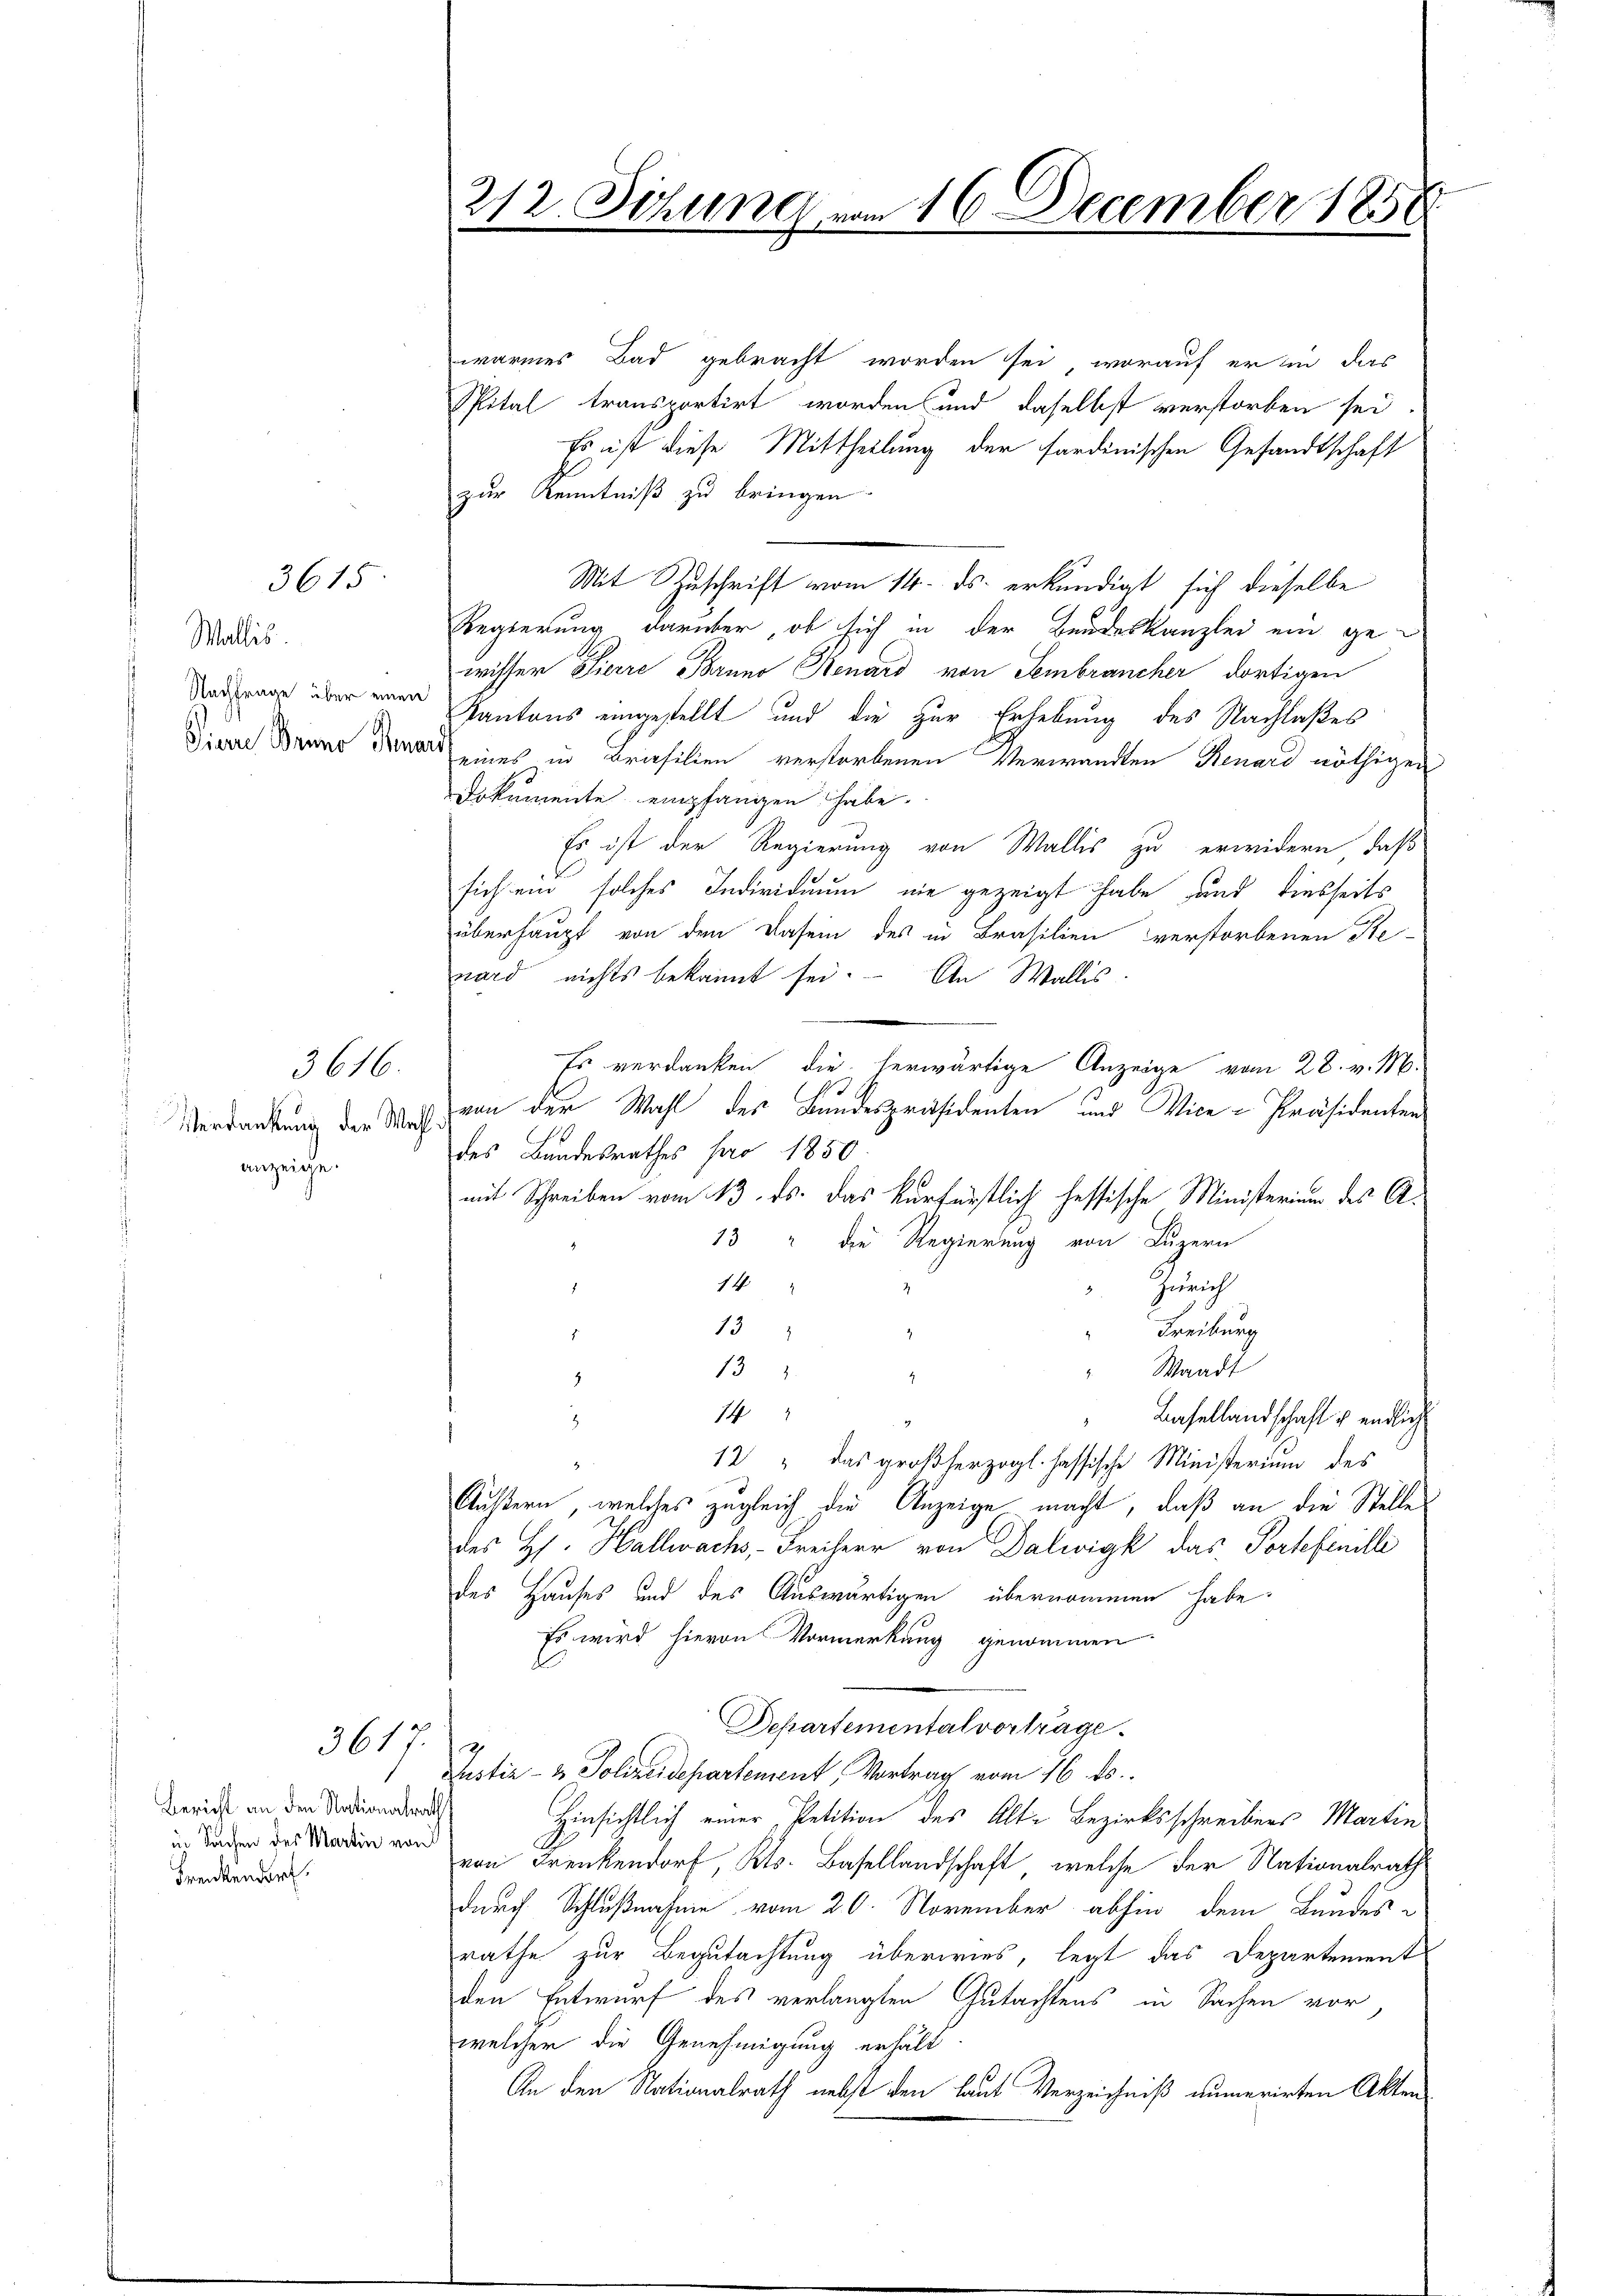
3615

Wallis
Nachfrage über einen
Pierre Bruno Remari

Verdankung der Was
anzeige.

3616.

Bericht an den Nationalraths
in Sachen des Martin von S
Frenkendorf.

3617

212 Sitzung vom 16 December 1858

warmes Bad gebracht worden sei, worauf er in das
Spital transportirt worden und daselbst verstorben sei
Es ist diese Mittheilung der sardinischen Gesandtschaft
zur Kenntniß zu bringen
Mit Zuschrift vom 14. ds. erkundigt sich dieselbe
Regierung darüber, ob sich in der Bundeskanzlei ein ge-
wisser Pierre Bruno Renard von Sembrancher dortigen
Kantons eingestellt und die zur Erhebung des Nachlaßes
eines in Briefilien verstorbenen Verwandten Renard nöthigen
Dokumente empfangen habe.
Es ist der Regierung von Wallis zu erwidern, daß
sich ein solches Individuum nie gezeigt habe und diesseits
überhaupt von den Dasein des in Brasilien verstorbenen Re-
ward nichts bekannt sei. An Wallis
Es verdanken, die herwärtige Anzeige vom 28. v. M.
von der Wahl des Bundespräsidenten und Vice-Präsidenten
.
des Bandesrathes pro 1850
mit Schreiben vom 13. ds. das kurfürstlich hessische Ministerium des A¬
13 " die Regierung von Luzern
14
Zürich
13
Freiburg
.
13
Waadt
.
14
Basellandschaft u. endlich
n
12 " das großherzogl. hassische Ministerium des
2
Äußern, welches zugleich die Anzeige macht, daß an die Stelle
des Hs. Hallwachs - Freiherr von Dalwigk das Portefenille
des Hauses und des Auswärtigen übernommen habe.
Es wird hievon Vormerkung genommen
Departemental vorträge.
.
Justiz- & Polizeidepartement, Vortrag vom 16. ds.
Hinsichtlich einer Petition des Alte Bezirksschreibens Martin
von Frenkendorf, Kts. Basellandschaft, welche der Nationalrath
durch Schlußnahme vom 20. November abhin dem Bundesrathe zur Begutachtung überwies, legt das Departement
den Entwurf des verlangten Gutachtens in Sachen vor
welcher die Genehmigung erhält
An den Nationalrath nebst den laut Verzeichniß aumerirten Akten